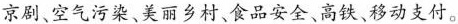
京剧、空气污染、美丽乡村、食品安全、高铁、移动支付。